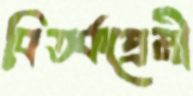
বিতর্কপ্রেমী